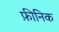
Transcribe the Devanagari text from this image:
फ़ीनिक